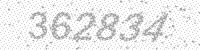
Solution: 362834